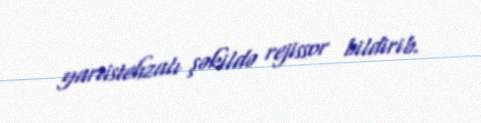
yarıistehzalı şəkildə rejissor bildirib.